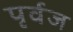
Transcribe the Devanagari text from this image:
पृर्वज